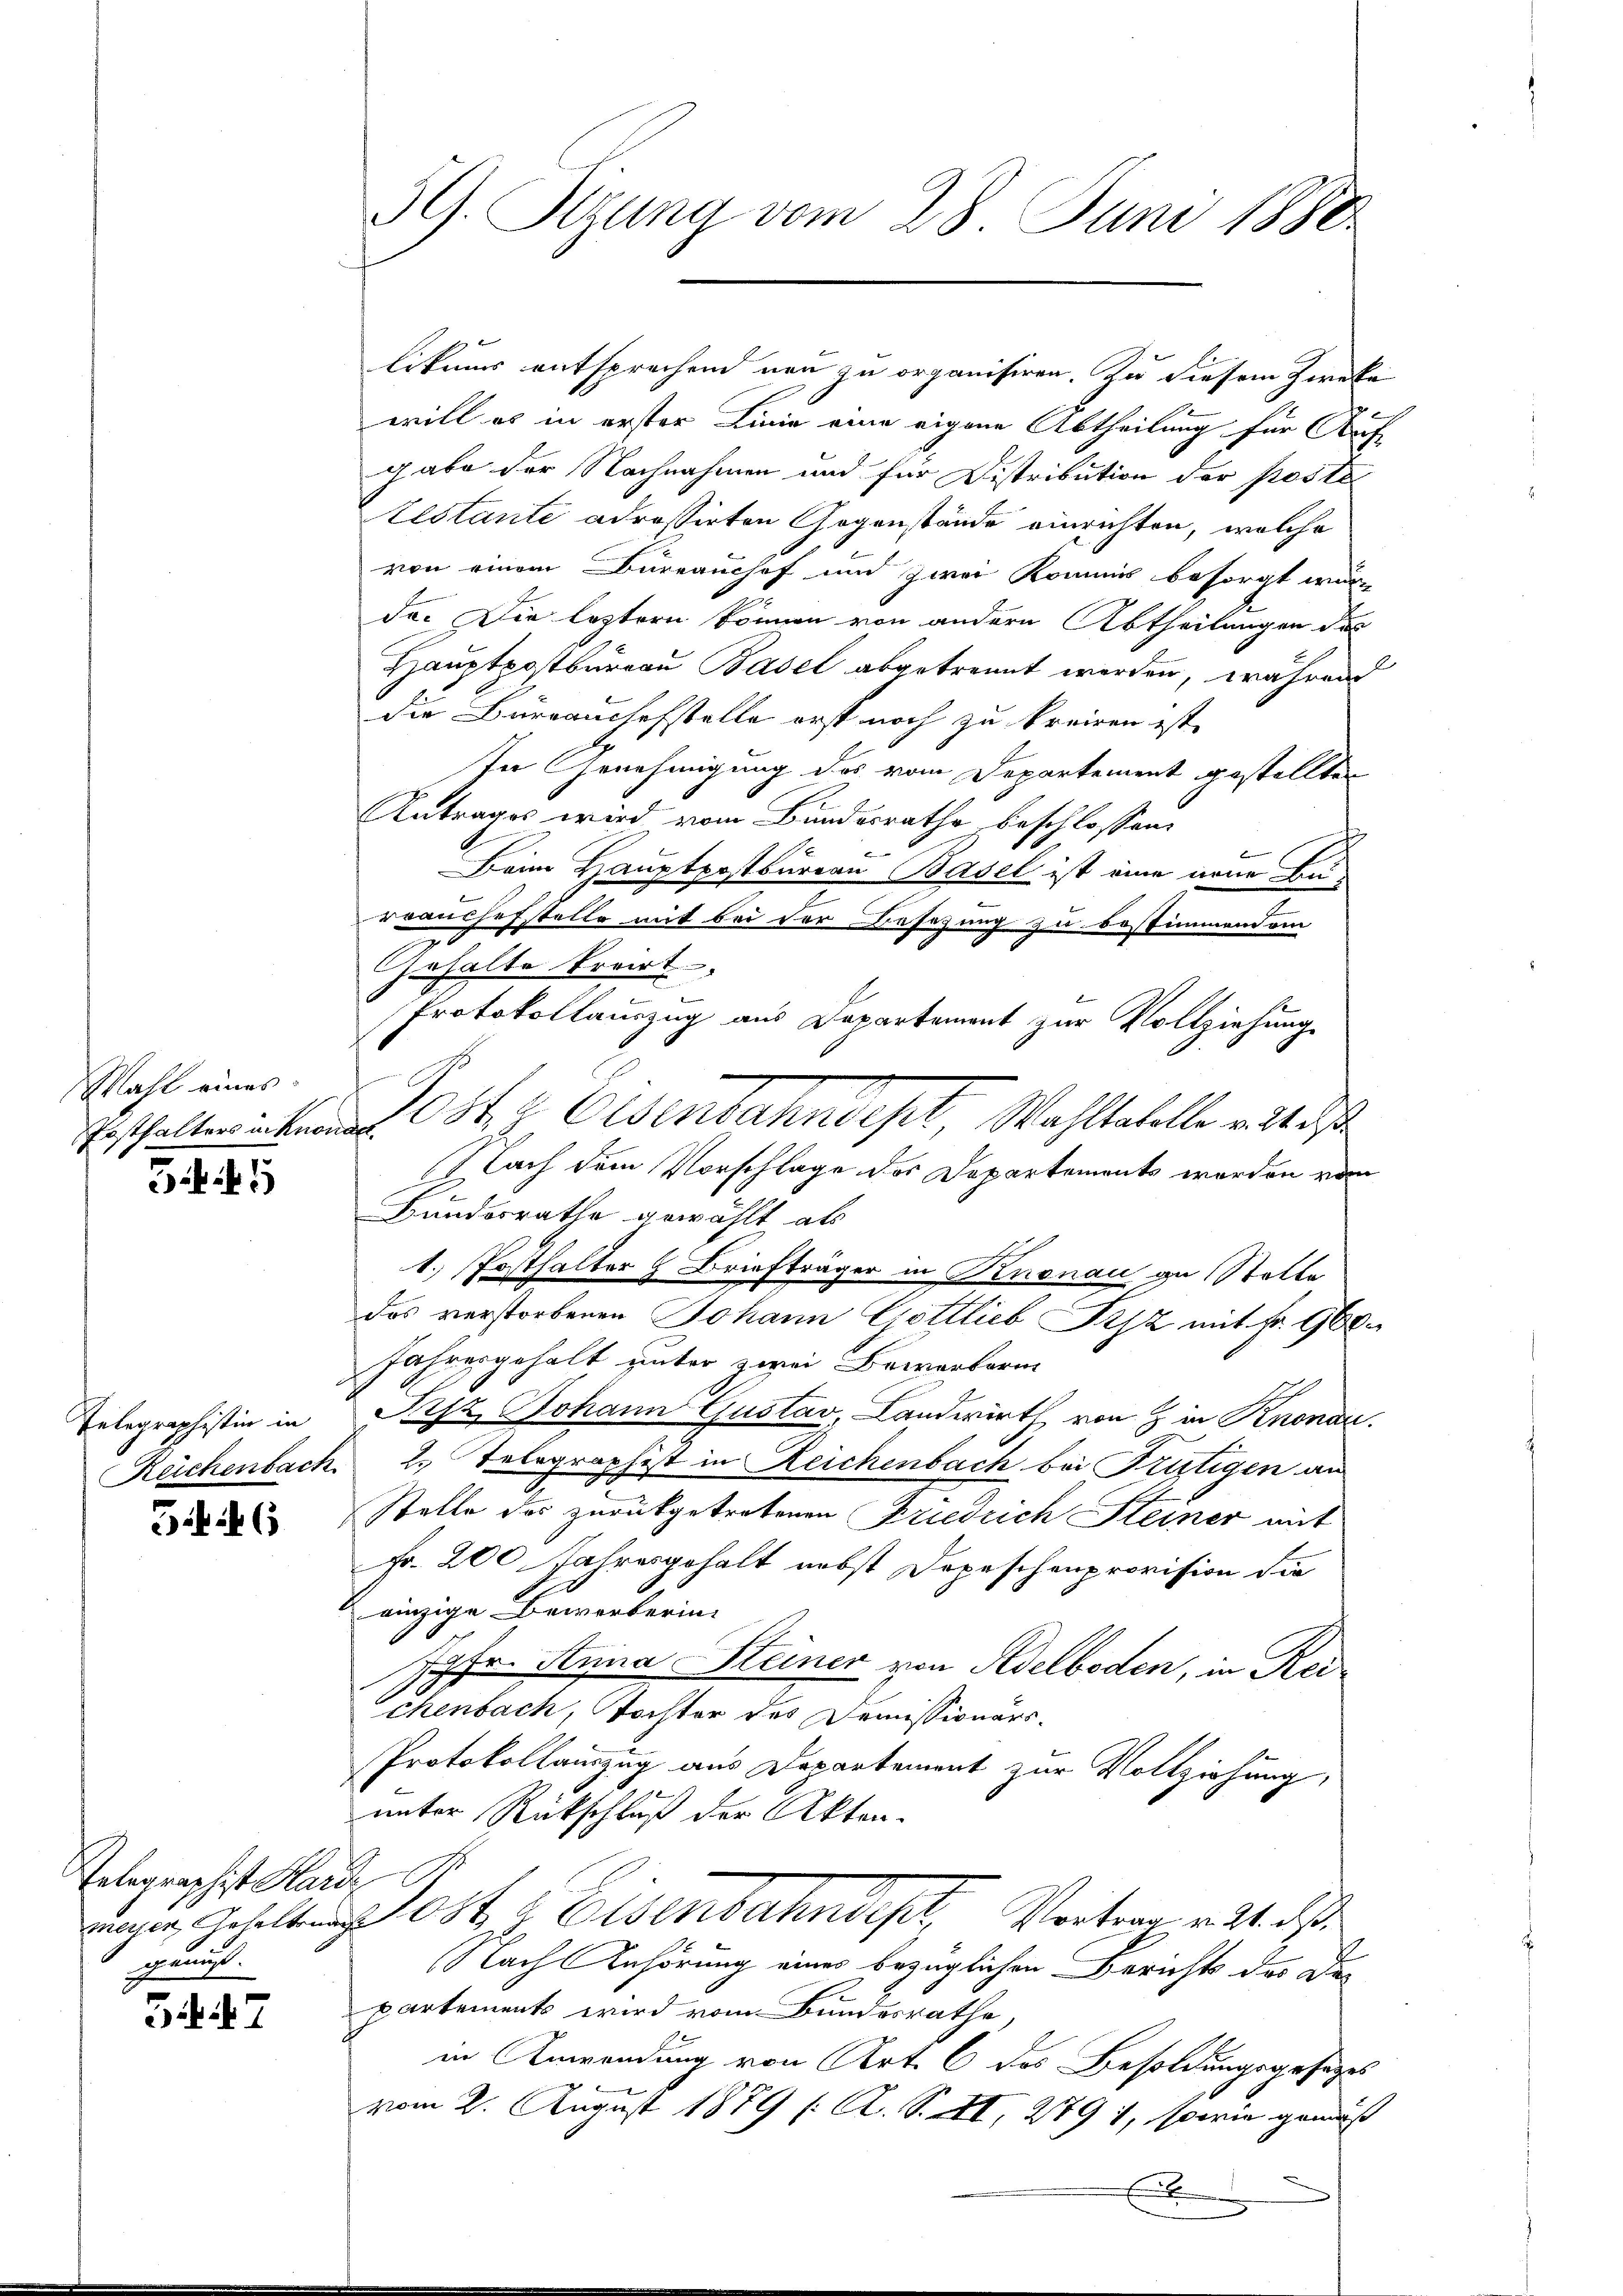
Mahl eines:
Festhalters u. Knona

55

Telegraphistin in
Reichenbach

546

Relegraphist Harde,
meyer, Gehaltung
geeinigt.

347

59. Sizung vom 28. Juni 1888.

likums entsprechend von zu organisiren. Zu diesem Zwecke
will es in erster Linie eine eigene Abtheilung für Auf-
gabe der Nachnahmen und für Distribution der poste
testante adressirten Gegenstände einrichten, welche
von einem Bureaushof und zwei Kommis besorgt wur
da. Die leztern können von andern Abtheilungen des
Hauptpostbureau Basel abgetrennt werden, während
die Burranchefstelle erst noch zu kreisen ist.
In Genehmigung des vom Departement gestellten
Antrages wird vom Bundesrathe beschlossen:
be
Beim Hauptpostbureau Basel ist eine neue Burrauchefstelle mit bei der Beschung zu bestimmendem
Gehalte kreist
Protokollauszug aus Departement zur Vollziehung
Poster Eisenbahndept Wahlestelle ad 1.
Nach dem Vorschlage des Departements worden vom
Bundesrathe gewählt als
1. Posthalter 4 Briefträger in Knonau zu Statte
das verstorbenen Johann Gottlieb isz mit fr. 960
Jahresgehalt unter zwei Baierbarm
Pisz Johann Gustav, Landwirth von in Knonau.
2. Telegraphist in Reichenbach bei Krütigen an
Stelle des zurückgetretenen Friedrich Steiner mit
Fr. 200 Jahresgehalt nebst Dopeschenprovision die
einzige Bewerberin-
Jgfr. Anna Steiner von Adelboden, in Rei
chenbach, Tochter des Demissionärs¬
Protokollauszug aus Departement zur Vollziehung,
unter Rückschluß der Akten.
Jost Eisenbahndet, Vortrag mit d
Nach Anhörung eines bezüglichen Berichts der Departements wird vom Bundesrathe,
in Anwendung von Art. 6 des Besoldungsgesetzes
vom 2. August 1879 (: A. S. XI, 279 1, sowie gemäss
E